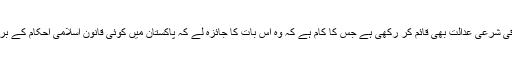
ہم نے ایک وفاقی شرعی عدالت بھی قائم کر رکھی ہے جس کا کام ہے کہ وہ اِس بات کا جائزہ لے کہ پاکستان میں کوئی قانون اسلامی احکام کے بر خلاف تو نہیں۔